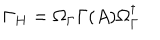
\Gamma _ { H } = \Omega _ { \Gamma } \Gamma ( A ) \Omega _ { \Gamma } ^ { \dagger }